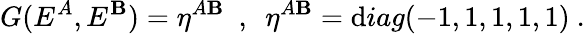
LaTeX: G(E^{A},E^{\mathbf{B}})=\eta^{A\mathbf{B}}~~,~~\eta^{A\mathbf{B}}=\mathrm{d}iag(-1,1,1,1,1)~.